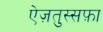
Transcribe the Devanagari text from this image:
ऐज़तुस्सफ़ा